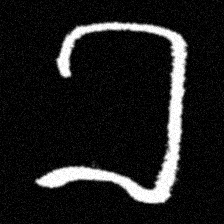
Pyu character \u2014 Myanmar letter: ခ (romanized: kha)